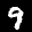
Label: 9